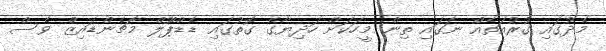
މެދުގައި ގުރުއަތެއް ނަގައި ތިން މީހަކަށް ހަދިޔާގެ ގޮތުގައި ޑެޑްޕޫލް މާޗެންޑައިިޒް ވެސް